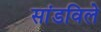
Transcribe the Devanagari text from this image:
सांडविले